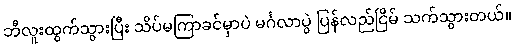
ဘီလူးထွက်သွားပြီး သိပ်မကြာခင်မှာပဲ မင်္ဂလာပွဲ ပြန်လည်ငြိမ် သက်သွားတယ်။